Annual administration report of the Civil Veterinary Department, Ajmere-Merwara, British Rajputana - 1914-1940
Year: 1914
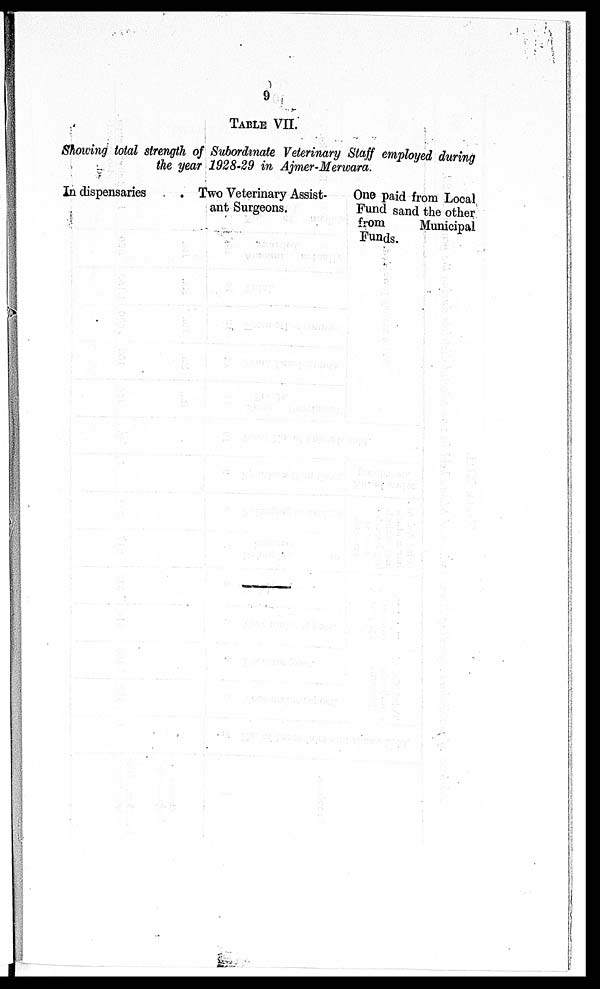
9
TABLE VII.
Showing total strength of Subordinate Veterinary Staff employed during
the year 1928-29 in Ajmer-Merwara.
IN dispensaries
Two Veterinary Assist-
ant Surgeons.
One paid from Local
Fund sand the other
from
Municipal
Funds.